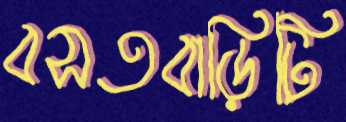
বসতবাড়িটি